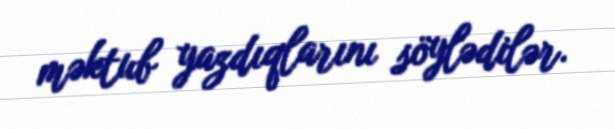
məktub yazdıqlarını söylədilər.